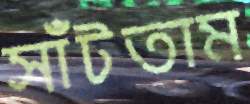
সাঁটতাম